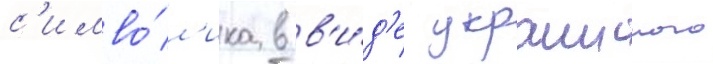
с'имво́л'ика в в'и́д'е украинского